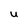
Character: u